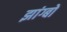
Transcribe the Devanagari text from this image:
झांग्बो